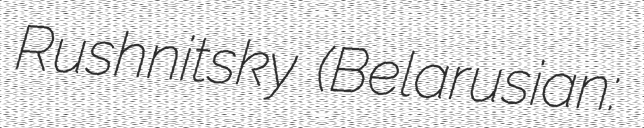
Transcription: Rushnitsky (Belarusian: Віталь